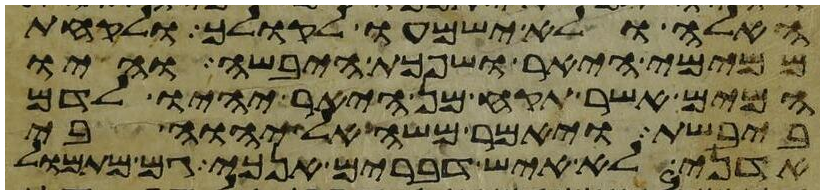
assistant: האלה ולא ישמעו לקולך ולקחת
ממימי היאר ושפכת היבשה והיו
המים אשר תקח מן היאר יהיו לדם
ביבשת ויאמר משה אל יהוה בי
אדני לא איש דברים אנכי גם מתמול